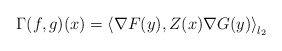
\begin{align*}\Gamma(f,g)(x)=\left\langle \nabla F(y), Z(x)\nabla G(y)\right\rangle_{l_2}\end{align*}